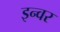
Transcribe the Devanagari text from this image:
इन्वर